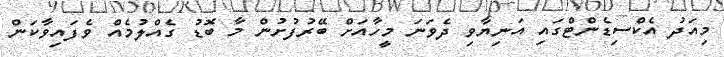
މިއަދު އެކްސިޑެންޓްގައި އަނިޔާވި ދެވަނަ މީހާއަށް ބޭރުފުށުން މާ ބޮޑު ގެއްލުމެއް ވެފައިވާކަން